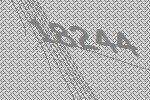
18244